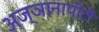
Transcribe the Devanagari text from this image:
अज्ञानापोटी